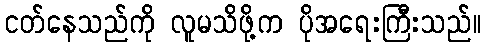
ငတ်နေသည်ကို လူမသိဖို့က ပိုအရေးကြီးသည်။